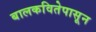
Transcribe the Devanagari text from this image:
बालकवितेपासून